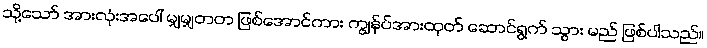
သို့သော် အားလုံးအပေါ် မျှမျှတတ ဖြစ်အောင်ကား ကျွန်ုပ်အားထုတ် ဆောင်ရွက် သွား မည် ဖြစ်ပါသည်။